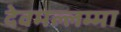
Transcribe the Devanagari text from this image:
देवमल्लम्मा